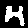
Digit: 4